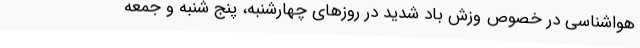
هواشناسی در خصوص وزش باد شدید در روزهای چهارشنبه، پنج شنبه و جمعه